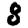
Digit: 8